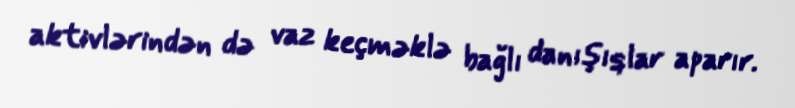
aktivlərindən də vaz keçməklə bağlı danışıqlar aparır.